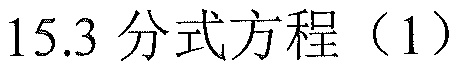
15.3 分式方程（1）